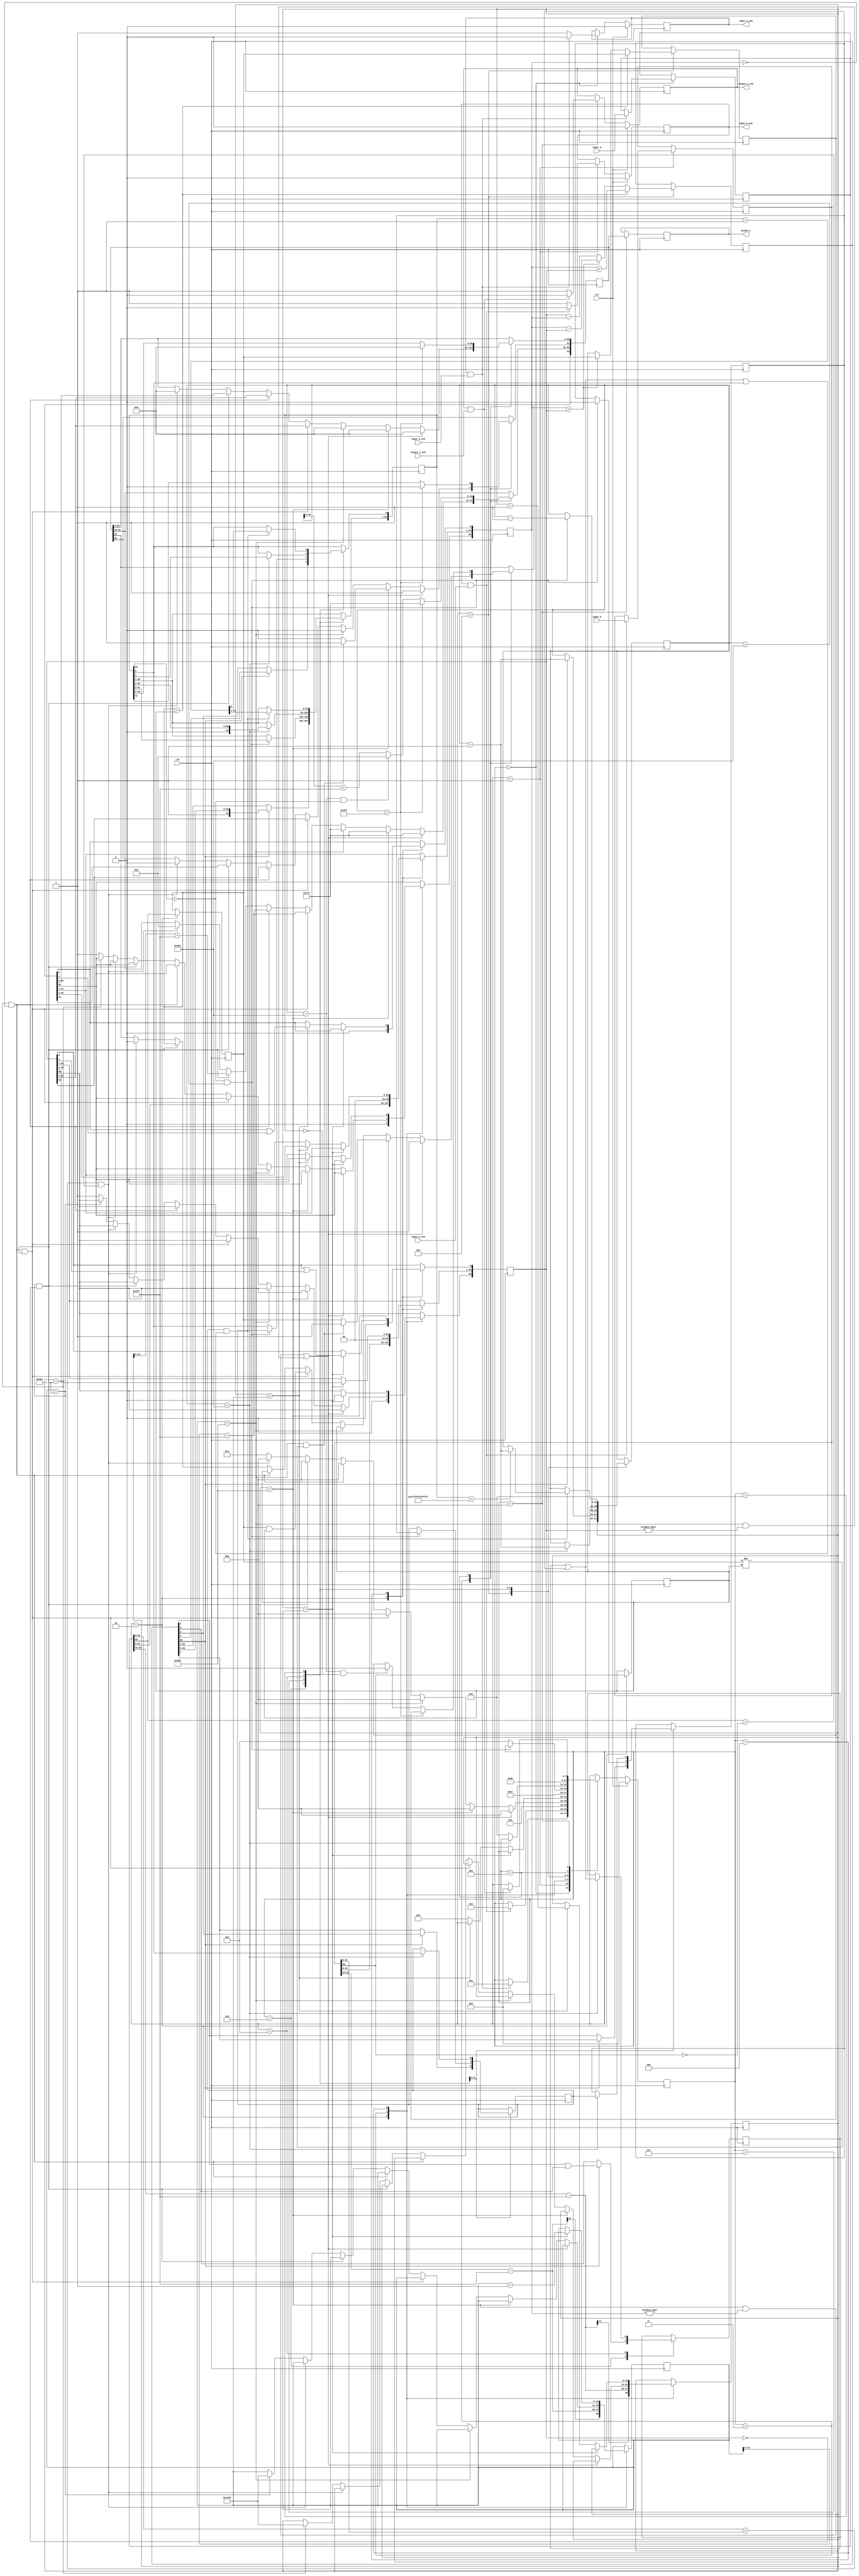
`timescale 1ns / 1ps
module sub(
        input_a,
        input_b,
        input_a_stb,
        input_b_stb,
        output_z_ack,
        clk,
        rst,
        output_z,
        output_z_stb,
        input_a_ack,
        input_b_ack);

  input     clk;
  input     rst;

  input     [63:0] input_a;
  input     input_a_stb;
  output    input_a_ack;

  input     [63:0] input_b;
  input     input_b_stb;
  output    input_b_ack;

  output    [63:0] output_z;
  output    output_z_stb;
  input     output_z_ack;

  reg       s_output_z_stb;
  reg       [63:0] s_output_z;
  reg       s_input_a_ack;
  reg       s_input_b_ack;

  reg       [3:0] state;
  parameter get_a         = 4'd0,
            get_b         = 4'd1,
            unpack        = 4'd2,
            special_cases = 4'd3,
            align         = 4'd4,
            add_0         = 4'd5,
            add_1         = 4'd6,
            normalise_1   = 4'd7,
            normalise_2   = 4'd8,
            round         = 4'd9,
            pack          = 4'd10,
            put_z         = 4'd11;

  reg       [63:0] a, b, z;
  reg       [55:0] a_m, b_m;
  reg       [52:0] z_m;
  reg       [12:0] a_e, b_e, z_e;
  reg       a_s, b_s, z_s;
  reg       guard, round_bit, sticky;
  reg       [56:0] sum;

  always @(posedge clk)
  begin

    case(state)

      get_a:
      begin
        s_input_a_ack <= 1;
        if (s_input_a_ack && input_a_stb) begin
          a <= input_a;
          s_input_a_ack <= 0;
          state <= get_b;
        end
      end

      get_b:
      begin
        s_input_b_ack <= 1;
        if (s_input_b_ack && input_b_stb) begin
          b <= input_b;
          s_input_b_ack <= 0;
          state <= unpack;
        end
      end

      unpack:
      begin
        a_m <= {a[51 : 0], 3'd0};
        b_m <= {b[51 : 0], 3'd0};
        a_e <= a[62 : 52] - 1023;
        b_e <= b[62 : 52] - 1023;
        a_s <= a[63];
        b_s <= b[63];
        // b_s <= ~b[63];
        state <= special_cases;
      end

      special_cases:
      begin
        //if a is NaN or b is NaN return NaN 
        if ((a_e == 1024 && a_m != 0) || (b_e == 1024 && b_m != 0)) begin
          z[63] <= 1;
          z[62:52] <= 2047;
          z[51] <= 1;
          z[50:0] <= 0;
          state <= put_z;
        //if a is inf return inf
        end else if (a_e == 1024) begin
          z[63] <= a_s;
          z[62:52] <= 2047;
          z[51:0] <= 0;
          //if a is inf and signs don't match return nan
          if ((b_e == 1024) && (a_s != b_s)) begin
              z[63] <= 1;
              z[62:52] <= 2047;
              z[51] <= 1;
              z[50:0] <= 0;
          end
          state <= put_z;
        //if b is inf return inf
        end else if (b_e == 1024) begin
          z[63] <= b_s;
          z[62:52] <= 2047;
          z[51:0] <= 0;
          state <= put_z;
        //if a is zero return b
        end else if ((($signed(a_e) == -1023) && (a_m == 0)) && (($signed(b_e) == -1023) && (b_m == 0))) begin
          z[63] <= a_s & b_s;
          z[62:52] <= b_e[10:0] + 1023;
          z[51:0] <= b_m[55:3];
          state <= put_z;
        //if a is zero return b
        end else if (($signed(a_e) == -1023) && (a_m == 0)) begin
          z[63] <= b_s;
          z[62:52] <= b_e[10:0] + 1023;
          z[51:0] <= b_m[55:3];
          state <= put_z;
        //if b is zero return a
        end else if (($signed(b_e) == -1023) && (b_m == 0)) begin
          z[63] <= a_s;
          z[62:52] <= a_e[10:0] + 1023;
          z[51:0] <= a_m[55:3];
          state <= put_z;
        end else if ( a[62:0] == b[62:0] && a[63] == ~b[63]) begin
            z <= 0;
            state <= put_z;
        end else begin
          //Denormalised Number
          if ($signed(a_e) == -1023) begin
            a_e <= -1022;
          end else begin
            a_m[55] <= 1;
          end
          //Denormalised Number
          if ($signed(b_e) == -1023) begin
            b_e <= -1022;
          end else begin
            b_m[55] <= 1;
          end
          state <= align;
        end
      end

      align:
      begin
        if ($signed(a_e) > $signed(b_e)) begin
          b_e <= b_e + 1;
          b_m <= b_m >> 1;
          b_m[0] <= b_m[0] | b_m[1];
        end else if ($signed(a_e) < $signed(b_e)) begin
          a_e <= a_e + 1;
          a_m <= a_m >> 1;
          a_m[0] <= a_m[0] | a_m[1];
        end else begin
          state <= add_0;
        end
      end

      add_0:
      begin
        z_e <= a_e;
        if (a_s == b_s) begin
          sum <= {1'd0, a_m} + b_m;
          z_s <= a_s;
        end else begin
          if (a_m > b_m) begin
            sum <= {1'd0, a_m} - b_m;
            z_s <= a_s;
          end else begin
            sum <= {1'd0, b_m} - a_m;
            z_s <= b_s;
          end
        end
        state <= add_1;
      end

      add_1:
      begin
        if (sum[56]) begin
          z_m <= sum[56:4];
          guard <= sum[3];
          round_bit <= sum[2];
          sticky <= sum[1] | sum[0];
          z_e <= z_e + 1;
        end else begin
          z_m <= sum[55:3];
          guard <= sum[2];
          round_bit <= sum[1];
          sticky <= sum[0];
        end
        state <= normalise_1;
      end

      normalise_1:
      begin
        if (z_m[52] == 0 && $signed(z_e) > -1022) begin
          z_e <= z_e - 1;
          z_m <= z_m << 1;
          z_m[0] <= guard;
          guard <= round_bit;
          round_bit <= 0;
        end else begin
          state <= normalise_2;
        end
      end

      normalise_2:
      begin
        if ($signed(z_e) < -1022) begin
          z_e <= z_e + 1;
          z_m <= z_m >> 1;
          guard <= z_m[0];
          round_bit <= guard;
          sticky <= sticky | round_bit;
        end else begin
          state <= round;
        end
      end

      round:
      begin
        if (guard && (round_bit | sticky | z_m[0])) begin
          z_m <= z_m + 1;
          if (z_m == 53'h1fffffffffffff) begin
            z_e <=z_e + 1;
          end
        end
        state <= pack;
      end

      pack:
      begin
        z[51 : 0] <= z_m[51:0];
        z[62 : 52] <= z_e[10:0] + 1023;
        z[63] <= z_s;
        if ($signed(z_e) == -1022 && z_m[52] == 0) begin
          z[62 : 52] <= 0;
        end
        if ($signed(z_e) == -1022 && z_m[52:0] == 0) begin
           z[63] <= 0;
        end

        //if overflow occurs, return inf
        if ($signed(z_e) > 1023) begin
          z[51 : 0] <= 0;
          z[62 : 52] <= 2047;
          z[63] <= z_s;
        end
        state <= put_z;
      end

      put_z:
      begin
        s_output_z_stb <= 1;
        s_output_z <= z;
        if (s_output_z_stb && output_z_ack) begin
          s_output_z_stb <= 0;
          state <= get_a;
        end
      end

    endcase

    if (rst == 1) begin
      state <= get_a;
      s_input_a_ack <= 0;
      s_input_b_ack <= 0;
      s_output_z_stb <= 0;
    end

  end
  assign input_a_ack = s_input_a_ack;
  assign input_b_ack = s_input_b_ack;
  assign output_z_stb = s_output_z_stb;
  assign output_z = s_output_z;

endmodule